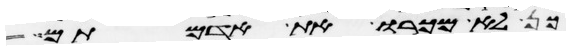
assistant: כן לא מכרו את אדמתם